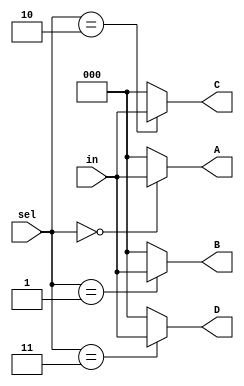
module demux1_4 (
    input [2:0] in,
    input [1:0] sel,
    output [2:0] A,
    output [2:0] B,
    output [2:0] C,
    output [2:0] D
);

assign A = (sel == 2'b00) ? in : 3'b0;
assign B = (sel == 2'b01) ? in : 3'b0;
assign C = (sel == 2'b10) ? in : 3'b0;
assign D = (sel == 2'b11) ? in : 3'b0;

endmodule